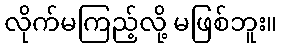
လိုက်မကြည့်လို့ မဖြစ်ဘူး။